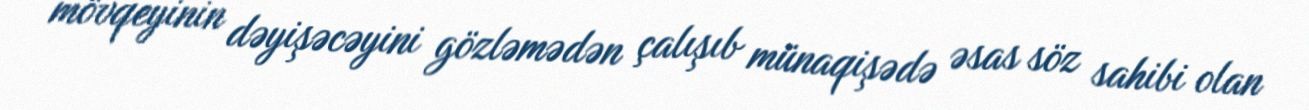
mövqeyinin dəyişəcəyini gözləmədən çalışıb münaqişədə əsas söz sahibi olan